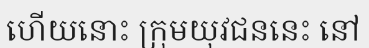
ហើយនោះ ក្រុមយុវជននេះ នៅ